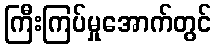
ကြီးကြပ်မှုအောက်တွင်